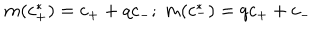
LaTeX: m ( c _ { + } ^ { * } ) = c _ { + } + q c _ { - } ; \ m ( c _ { - } ^ { * } ) = q c _ { + } + c _ { - }